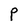
Character: P